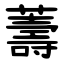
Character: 薵